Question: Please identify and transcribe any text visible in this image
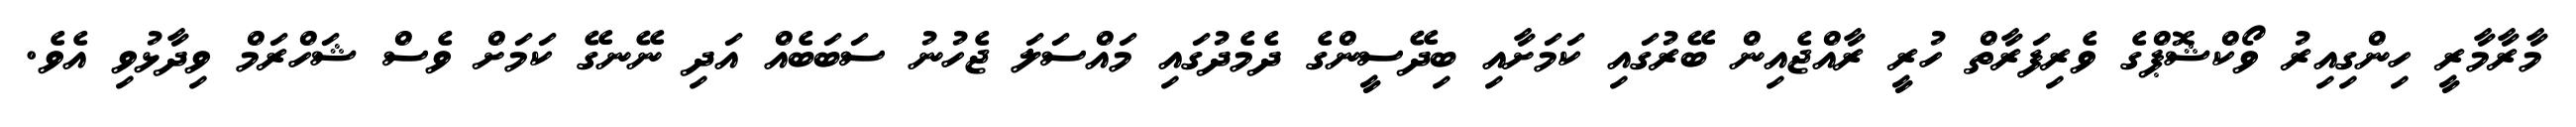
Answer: މާރާމާރީ ހިންގިއިރު ވޯކްޝޮޕްގެ ވެރިފަރާތް ހުރީ ރާއްޖެއިން ބޭރުގައި ކަމަށާއި ބިދޭސީންގެ ދެމެދުގައި މައްސަލަ ޖެހުނު ސަބަބެއް އަދި ނޭނގޭ ކަމަށް ވެސް ޝަހްރަމް ވިދާޅުވި އެވެ.